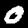
Digit: 0